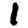
Digit: 1